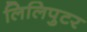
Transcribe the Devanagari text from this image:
लिलिपुटर